Vaccination in Bombay 1863-1868 - 1863-1868
Year: 1863
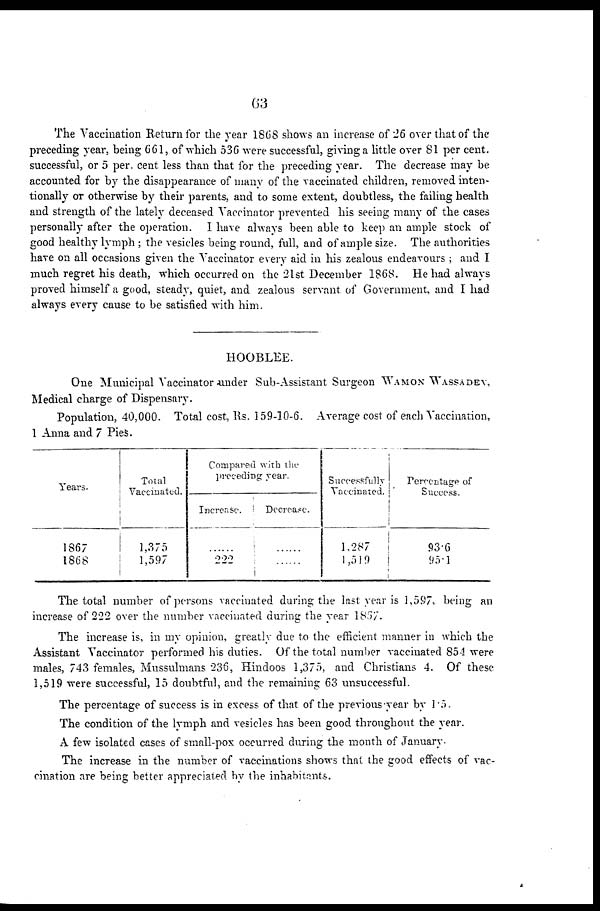
63
The Vaccination Return for the year 1868 shows an increase of 26 over that of the
preceding year, being 661, of which 536 were successful, giving a little over 81 per cent.
successful, or 5 per. cent less than that for the preceding year. The decrease may be
accounted for by the disappearance of many of the vaccinated children, removed inten-
tionally or otherwise by their parents, and to some extent, doubtless, the failing health
and strength of the lately deceased Vaccinator prevented his seeing many of the cases
personally after the operation. I have always been able to keep an ample stock of
good healthy lymph ; the vesicles being round, full, and of ample size. The authorities
have on all occasions given the Vaccinator every aid in his zealous endeavours ; and I
much regret his death, which occurred on the 21 st December 1868. He had always
proved himself a good, steady, quiet, and zealous servant of Government, and I had
always every cause to be satisfied with him.
HOOBLEE.
One Municipal Vaccinator-under Sub-Assistant Surgeon WAMON WASSADEV,
Medical charge of Dispensary.
Population, 40,000. Total cost, Rs. 159-10-6. Average cost of each Vaccination,
1 Anna and 7 Pies.
Years.
1867
1868
Total
Vaccinated.
1,375
1,597
Compared with the
preceding year.
Increase.
......
222
Decrease.
......
......
Successfully
Vaccinated.
1,287
1,519
Percentage of
Success.
93.6
95.1
The total number of persons vaccinated during the last year is 1,597, being an
increase of 222 over the number vaccinated during the year 1867.
The increase is, in my opinion, greatly due to the efficient manner in which the
Assistant Vaccinator performed his duties. Of the total number vaccinated 854 were
males, 743 females, Mussulmans 236, Hindoos 1,375, and Christians 4. Of these
1,519 were successful, 15 doubtful, and the remaining 63 unsuccessful.
The percentage of success is in excess of that of the previous year by 1.5.
The condition of the lymph and vesicles has been good throughout the year.
A few isolated cases of small-pox occurred during the month of January
The increase in the number of vaccinations shows that the good effects of vac-
cination are being better appreciated by the inhabitants.